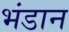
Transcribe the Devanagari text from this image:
भंडान